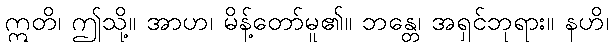
ဣတိ၊ ဤသို့။ အာဟ၊ မိန့်တော်မူ၏။ ဘန္တေ၊ အရှင်ဘုရား။ နဟိ၊